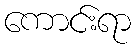
ကောင်းရာ